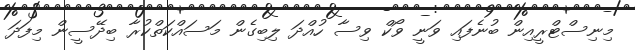
މިނިސްޓްރީއިން ބުނެފައި ވަނީ ވޯކް ވިސާ ހުއްދަ ލިބިގެން މަސައްކަތްކުރާ ބިދޭސީން މިފަދަ